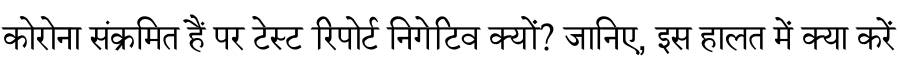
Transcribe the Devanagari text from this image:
कोरोना संक्रमित हैं पर टेस्ट रिपोर्ट निगेटिव क्यों? जानिए, इस हालत में क्या करें